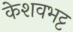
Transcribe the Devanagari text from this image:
केशवभट्ट